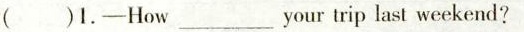
()1.-How ___ your trip last weekend?